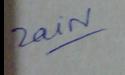
Signature authenticity: genuine